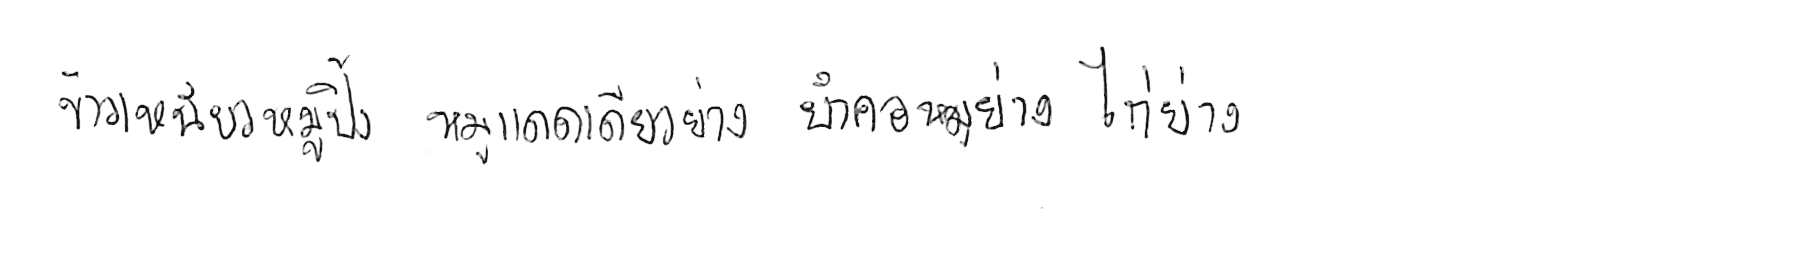
ข้าวเหนียวหมูปิ้ง หมูแดดเดียวย่าง ยำคอหมูย่าง ไก่ย่าง